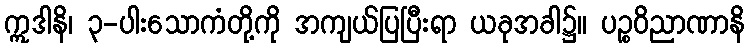
ဣဒါနိ၊ ၃-ပါးသောကံတို့ကို အကျယ်ပြပြီးရာ ယခုအခါ၌။ ပဉ္စဝိညာဏာနိ